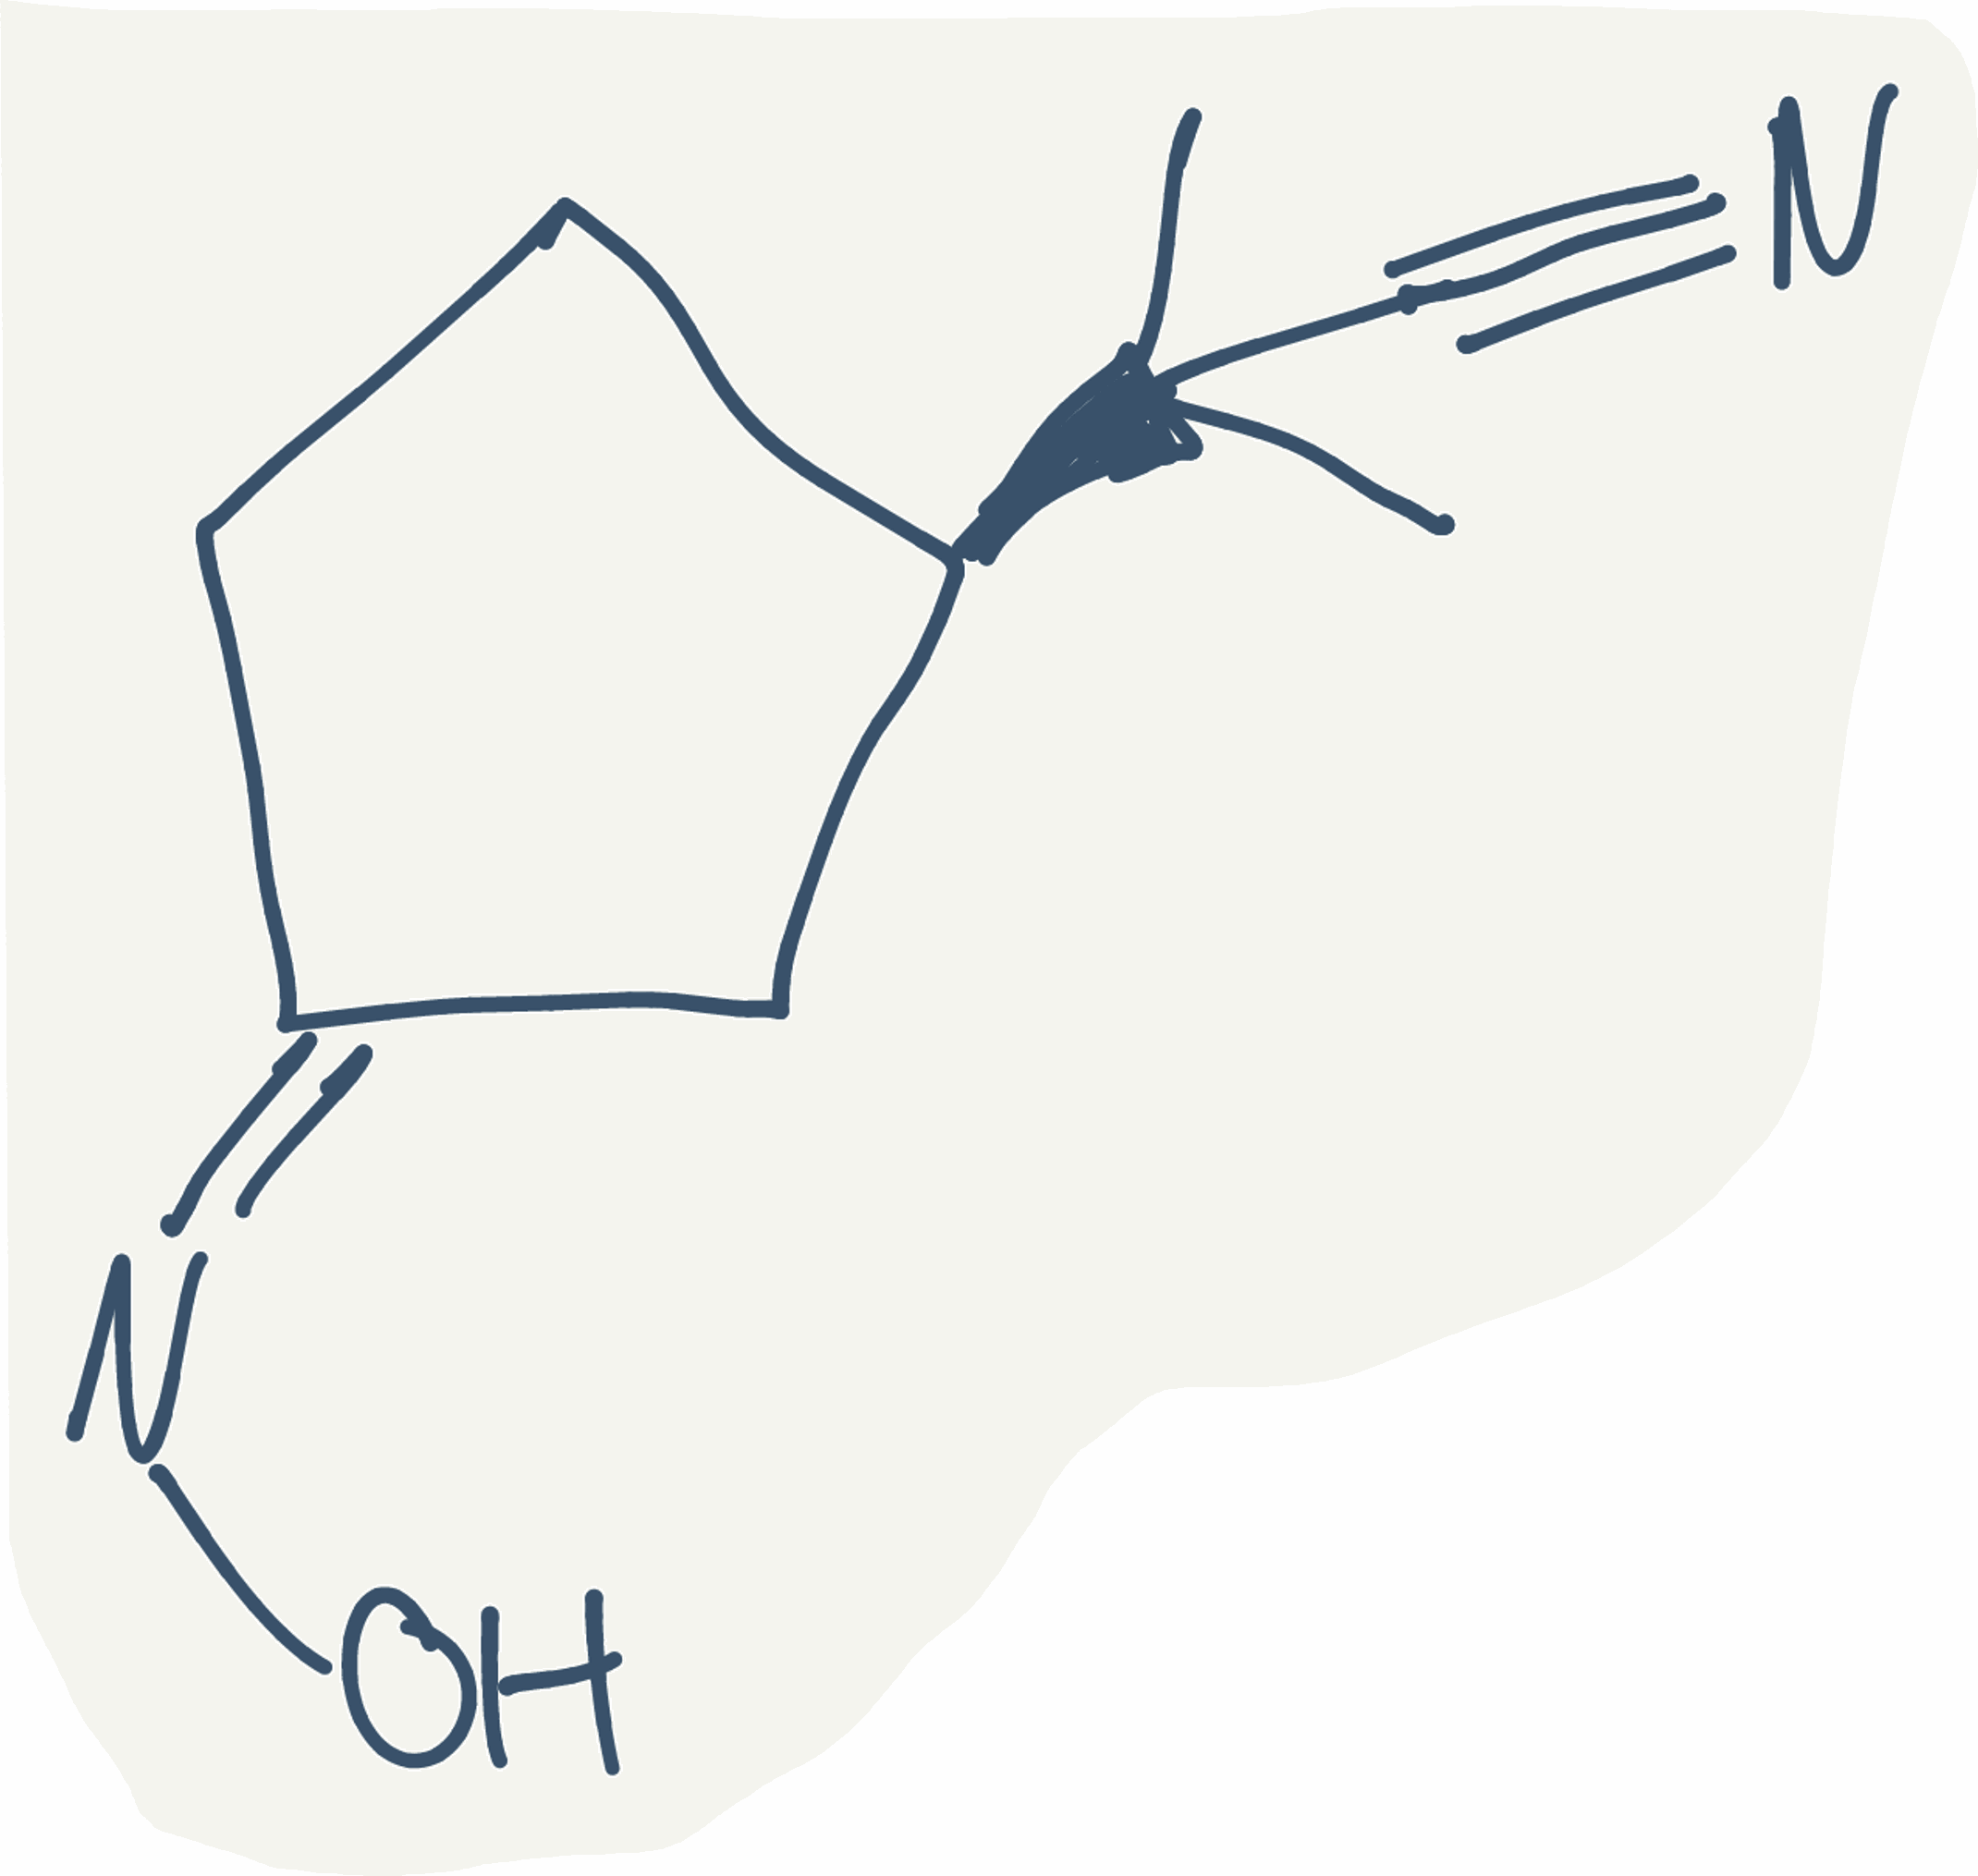
Simplified molecular-input line-entry system (SMILES) notation of the given molecule:
CC(C)(C#N)[C@@H]1CC/C(=N/O)/C1